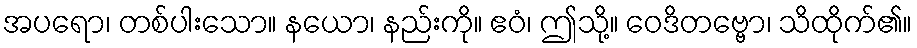
အပရော၊ တစ်ပါးသော။ နယော၊ နည်းကို။ ဧဝံ၊ ဤသို့။ ဝေဒိတဗ္ဗော၊ သိထိုက်၏။